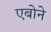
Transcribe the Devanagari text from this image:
एबोने